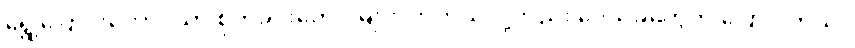
ရွှေ့ပြောင်းတောင်ယာ စိုက်ခင်းတွေ ပိုများလာတယ်လို့လည်း ဒေသခံတွေက ပြောပါတယ်။